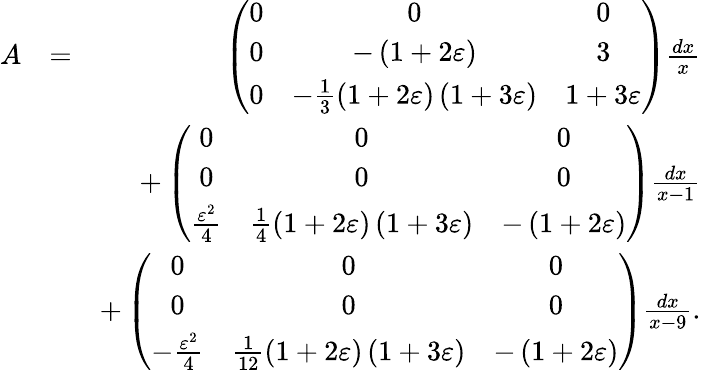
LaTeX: \begin{array}{rlr}{A}&{=}&{\left(\begin{array}{ccc}{0}&{0}&{0}\\ {0}&{-\left(1+2\varepsilon\right)}&{3}\\ {0}&{-\frac{1}{3}\left(1+2\varepsilon\right)\left(1+3\varepsilon\right)}&{1+3\varepsilon}\end{array}\right)\frac{dx}{x}}\\ &{}&{+\left(\begin{array}{ccc}{0}&{0}&{0}\\ {0}&{0}&{0}\\ {\frac{\varepsilon^{2}}{4}}&{\frac{1}{4}\left(1+2\varepsilon\right)\left(1+3\varepsilon\right)}&{-\left(1+2\varepsilon\right)}\end{array}\right)\frac{dx}{x-1}}\\ &{}&{+\left(\begin{array}{ccc}{0}&{0}&{0}\\ {0}&{0}&{0}\\ {-\frac{\varepsilon^{2}}{4}}&{\frac{1}{12}\left(1+2\varepsilon\right)\left(1+3\varepsilon\right)}&{-\left(1+2\varepsilon\right)}\end{array}\right)\frac{dx}{x-9}.}\end{array}